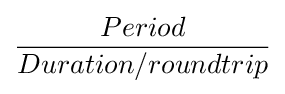
{\frac {Period}{Duration/roundtrip}}